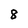
Character: 8